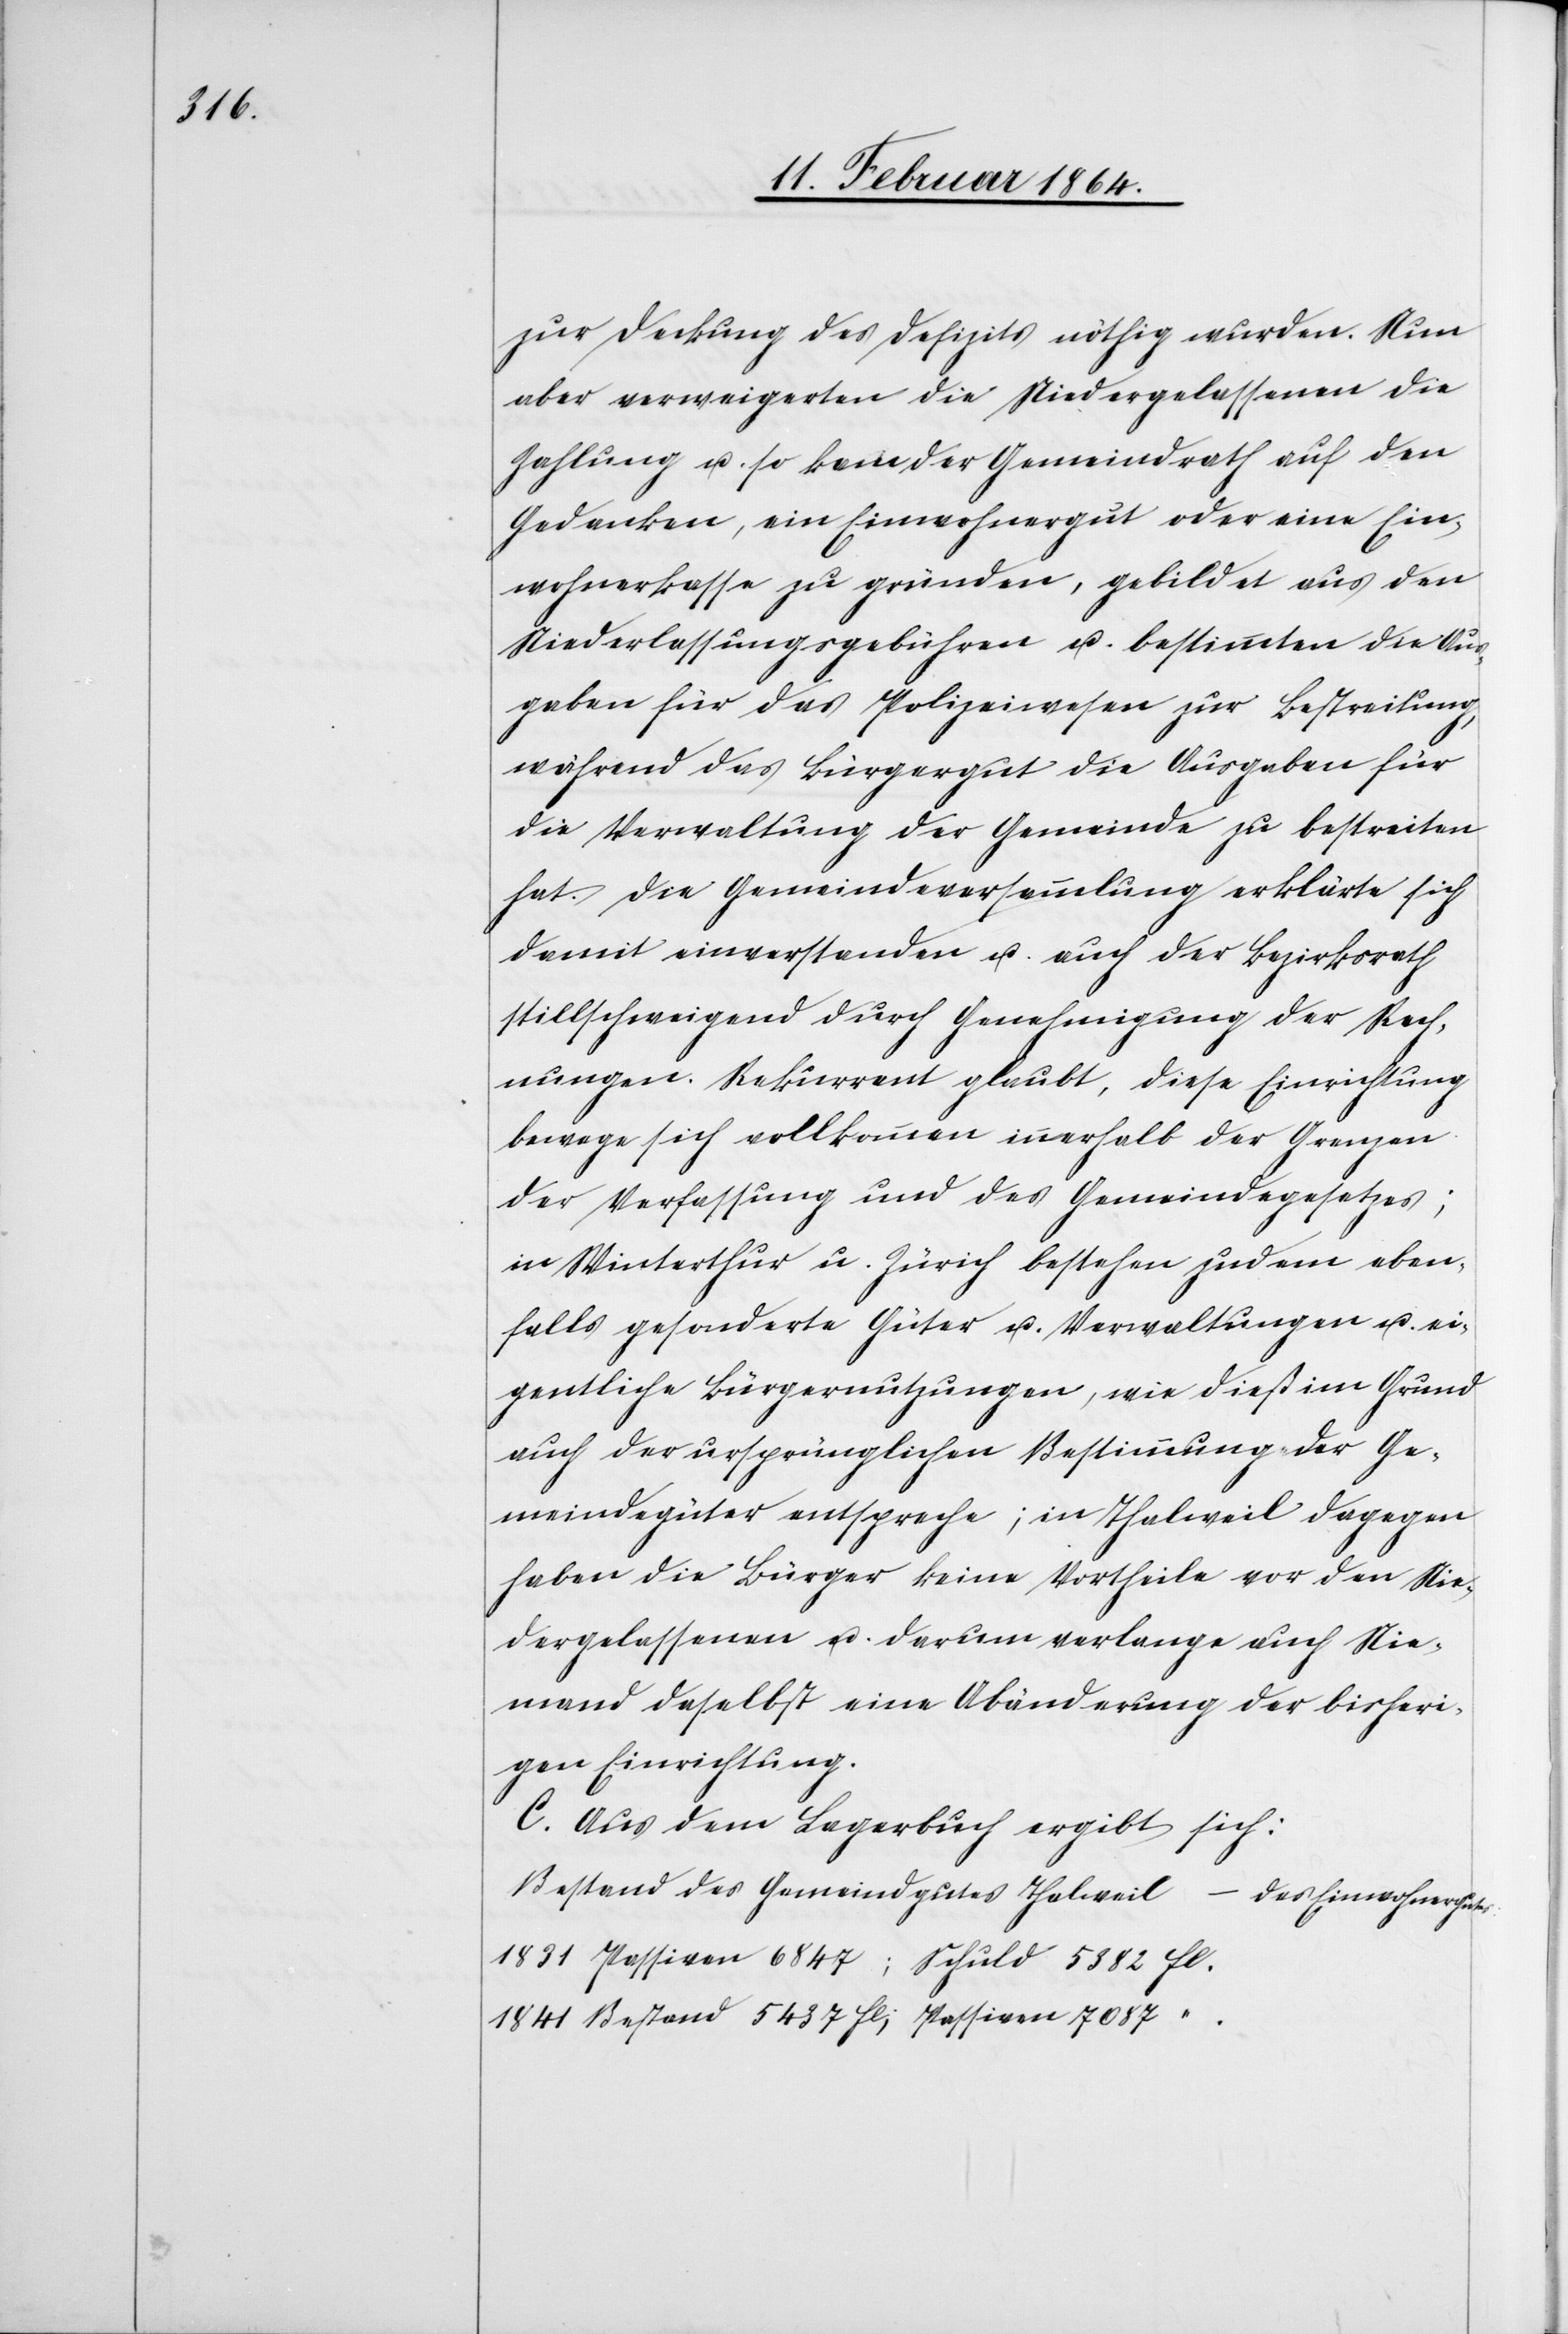
zur Deckung des Defizits nöthig wurden. Nun
aber verweigerten die Niedergelassenen die
Zahlung u. so kam der Gemeindrath auf den
Gedanken, ein Einwohnergut oder eine Ein¬
wohnerkasse zu gründen, gebildet aus den
Niederlassungsgebühren u. bestimmten die Aus¬
gaben für das Polizeiwesen zur Bestreitung,
während das Bürgergut die Ausgaben für
die Verwaltung der Gemeinde zu bestreiten
hat. Die Gemeindeversammlung erklärte sich
damit einverstanden u. auch der Bezirksrath
stillschweigend durch Genehmigung der Rech¬
nungen. Rekurrent glaubt, diese Einrichtung
bewege sich vollkommen innerhalb der Grenze
der Verfassung und des Gemeindegesetzes;
in Winterthur u. Zürich bestehen zudem eben¬
falls gesonderte Güter u. Verwaltungen u. ei¬
gentliche Bürgernutzungen, wie dieß im Grund
auch der ursprünglichen Bestimmung der Ge¬
meindegüter entspreche; in Thalweil dagegen
haben die Bürger keine Vortheile vor den Nie¬
dergelassenen u. darum verlange auch Nie¬
mand daselbst eine Abänderung der bisheri¬
gen Einrichtung.
C. Aus dem Lagerbuch ergibt sich:
Bestand des Gemeindgutes Thalweil 					des Einwohnergutes: